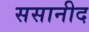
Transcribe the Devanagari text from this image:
ससानीद